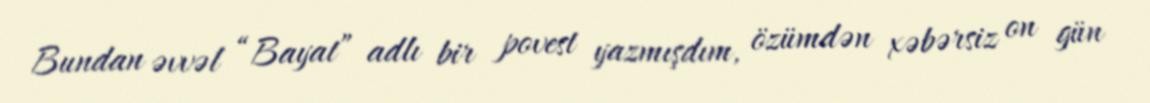
Bundan əvvəl “Bayat” adlı bir povest yazmışdım, özümdən xəbərsiz on gün